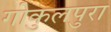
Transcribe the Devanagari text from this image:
गोकुलपुरा